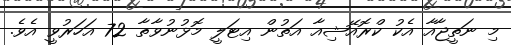
މި ނަތީޖާއާ އެކު ކްރޮއޭޝިއާ އަތުން އިޓަލީ މޮޅުނުވާތާ 72 އަހަރުވީ އެވެ.